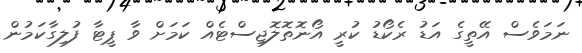
ނަމަވެސް އޭތީގެ އަޑު ރެކޯޑު ކުރީ އޯނޮތޮލޮޖިސްޓެއް ކަމަށް ވާ ޕީޓާ ފުލިގާކަމުން